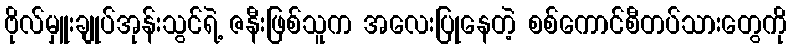
ဗိုလ်မှူးချုပ်အုန်းသွင်ရဲ့ ဇနီးဖြစ်သူက အလေးပြုနေတဲ့ စစ်ကောင်စီတပ်သားတွေကို